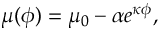
\mu ( \phi ) = \mu _ { 0 } - \alpha e ^ { \kappa \phi } ,